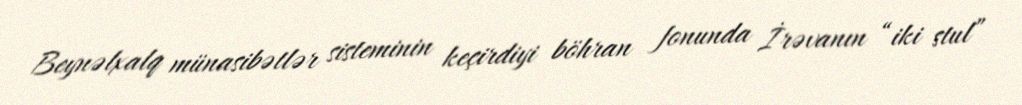
Beynəlxalq münasibətlər sisteminin keçirdiyi böhran fonunda İrəvanın “iki stul”